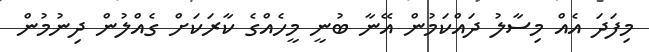
މިފަދަ އެއް މިސާލު ދައްކަމުން އޭނާ ބުނީ މީހެއްގެ ކާރަކަށް ގެއްލުން ދިނުމުން